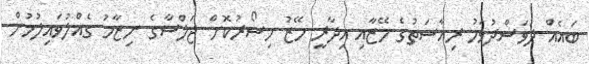
ބައެއް ދުވަސްދުވަހު ރިއާސަތުގެ މޭޒާއި އިދާރީ މޭޒު ހިސޯރުކޮށް ޖަލްސާގެ ނިޒާމު ގެއްލުވައިލުމުން